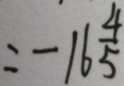
= - 1 6 \frac { 4 } { 5 }